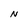
Character: N